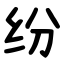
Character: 纷